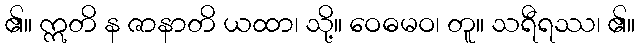
၏။ ဣတိ န ဇာနာတိ ယထာ၊ သို့။ ဝေဓမဝ၊ တူ။ သရီရဿ၊ ၏။